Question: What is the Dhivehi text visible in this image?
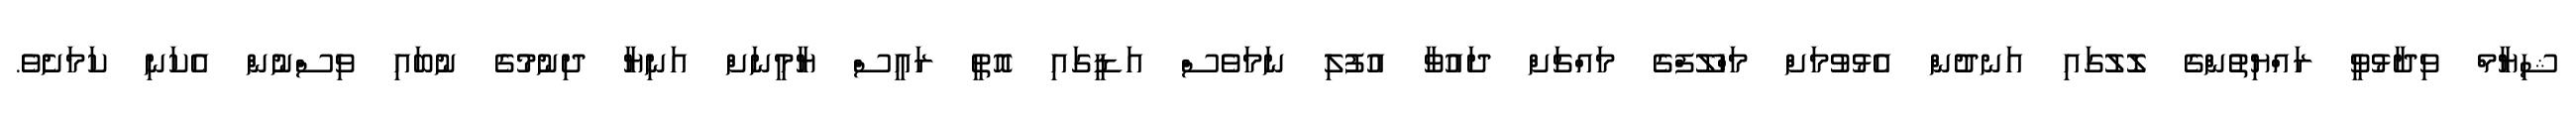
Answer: ޝިޔާމް ވިދާޅުވީ ރައްޔިތުންގެ ލޮލުގައި އަނދުން އެޅުވުމަށް މަހްލޫފްގެ މައްޗަށް ދައުވާ އުފުލި ނަމަވެސް އަޑީގައި އޮތީ ރައީސް ޔާމީނަށް އަނިޔާ ދިނުމުގެ ނުބައި ވިސްނުން އެކަނި ކަމަށެވެ.